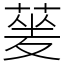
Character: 蓌